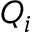
{ { Q } _ { i } }